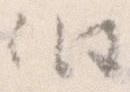
伯